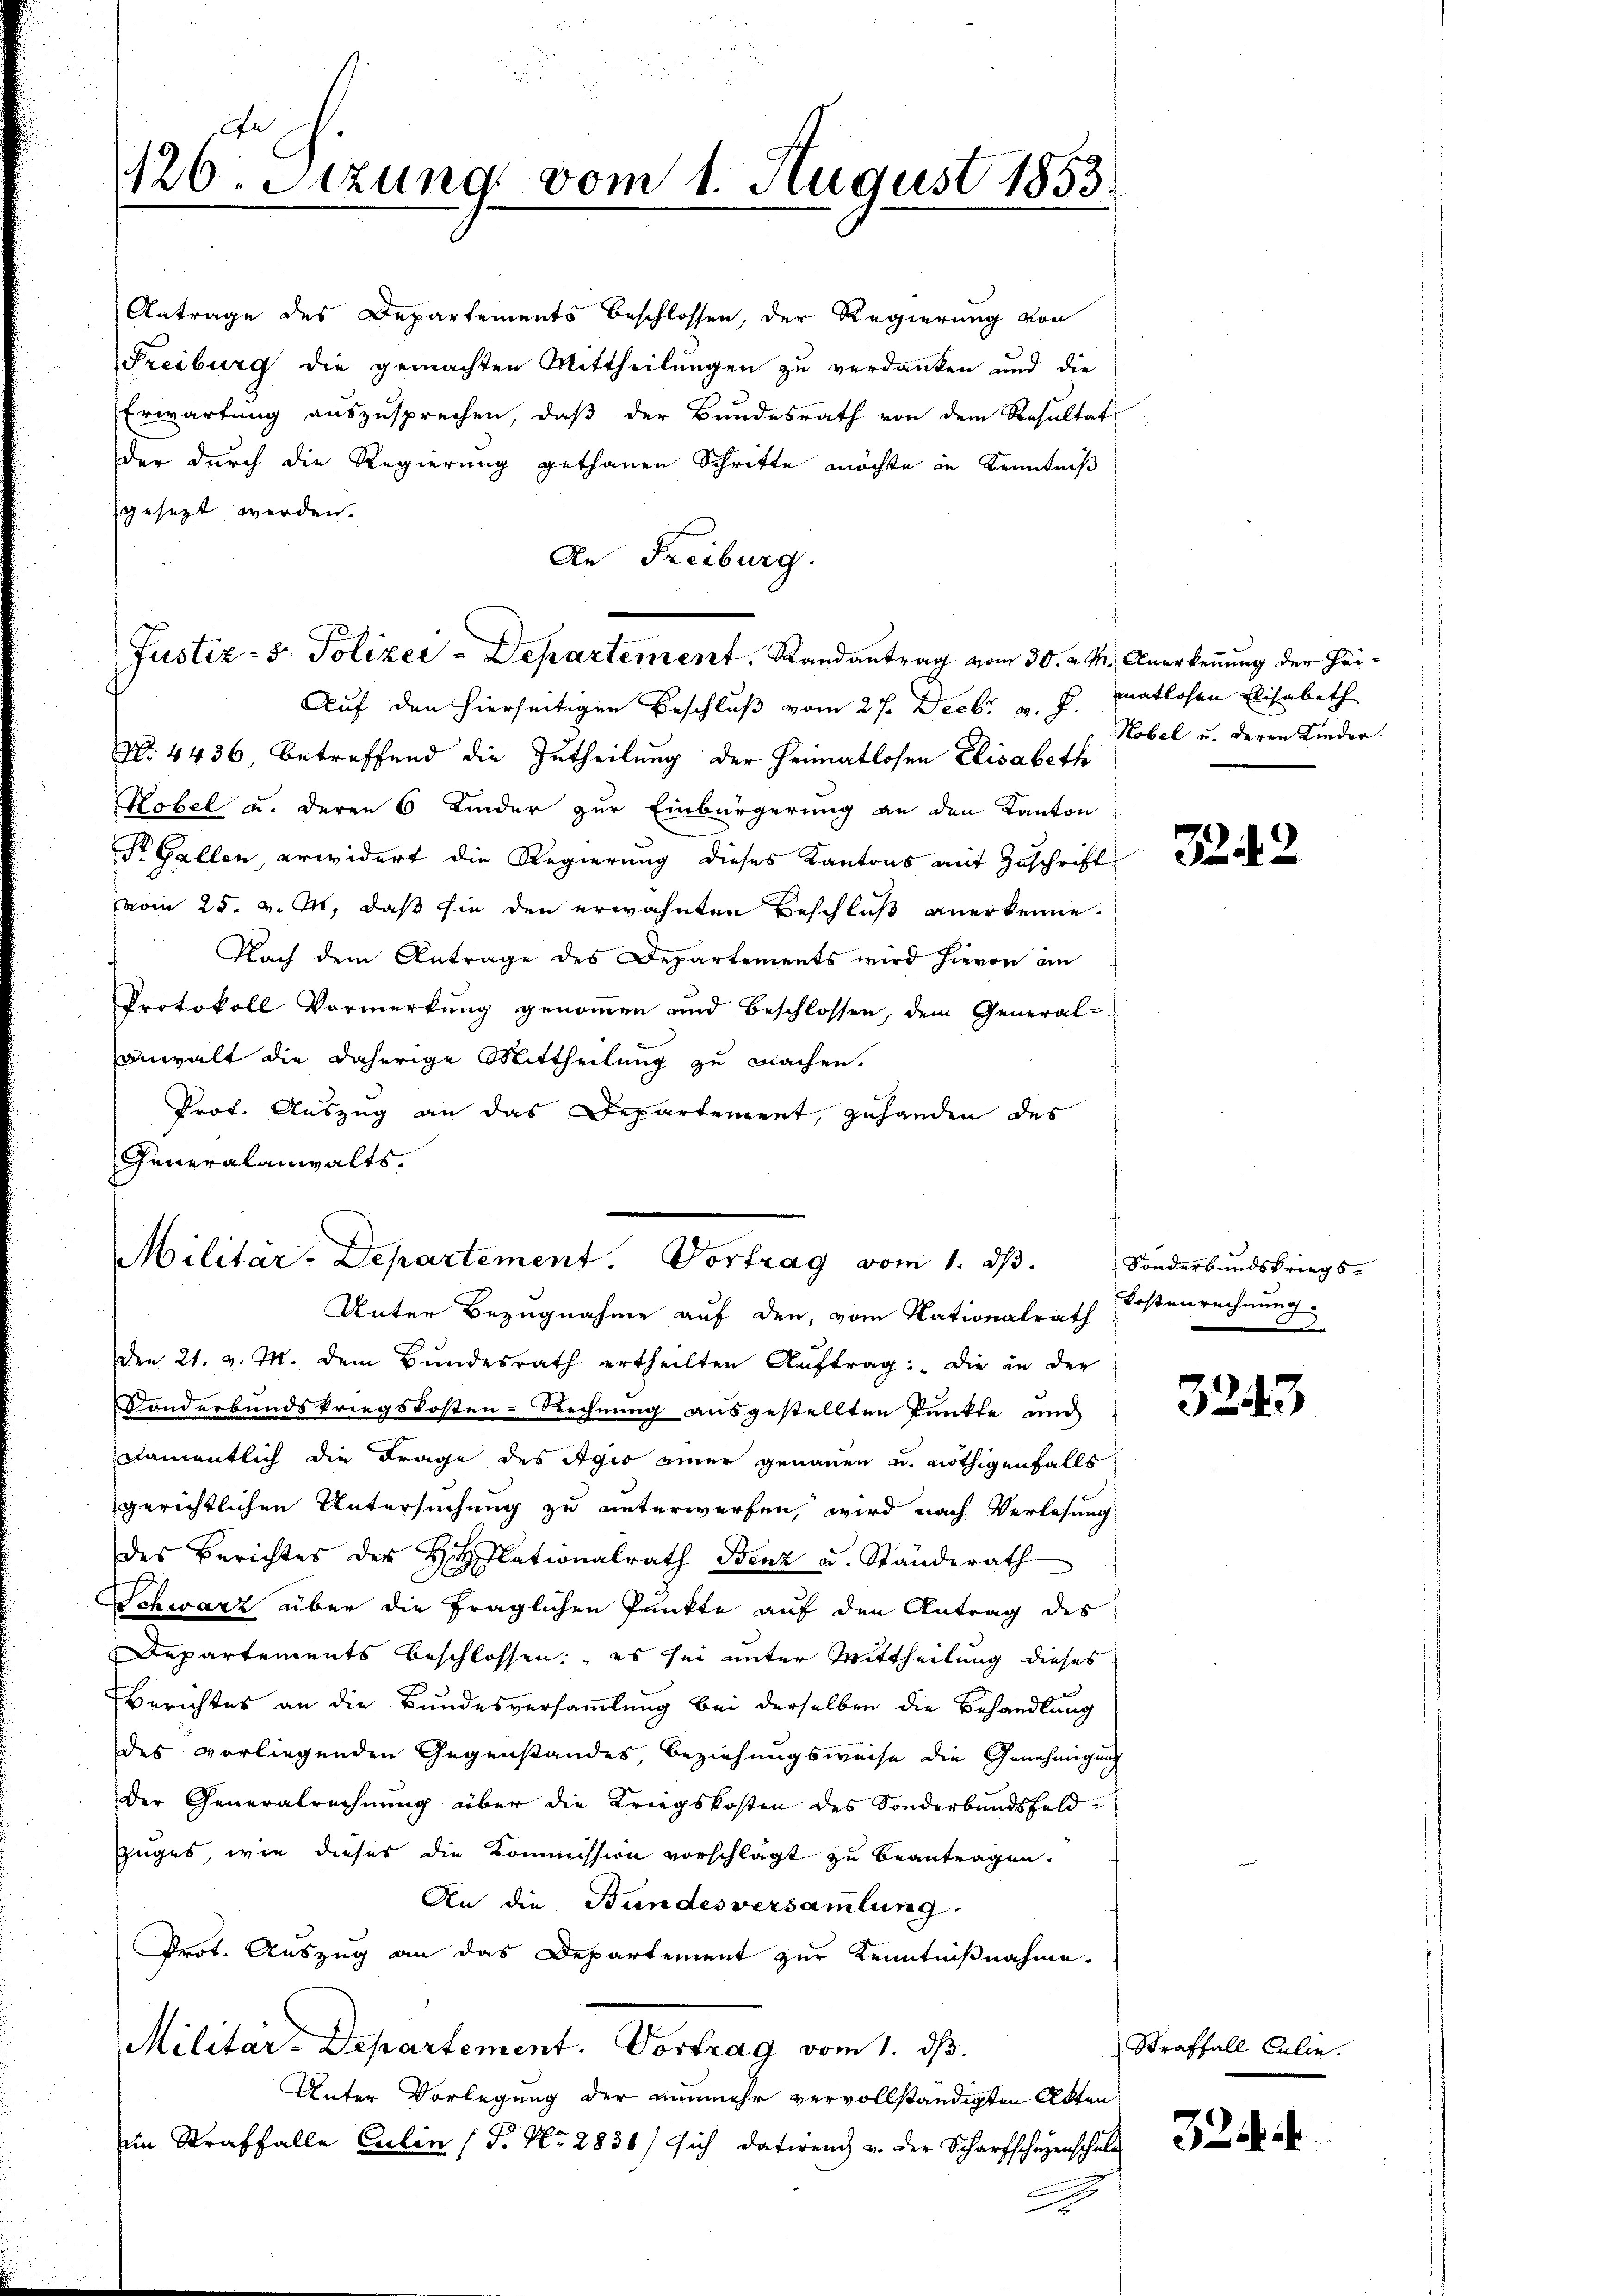
Antrage des Departements beschlossen, der Regierung von
Freiburg die gemachten Mittheilungen zu verdanken und die
Erwartung auszusprechen, daß der Bundesrath von dem Resultat
der durch die Regierung gethanen Schritte möchte in Kenntniß
gesezt werden.
Auf den hierseitigen Beschluß vom 27. Decbr. v. J. matlosen Elisabeth
No. 4436, betreffend die Zutheilung der Heimatlosen Elisabeth
Hobel u. deren 6 Kinder zur Einbürgerung an den Kanton
S Gallen, erwidert die Regierung dieses Kantons mit Zuschrift
vom 25. v. M., daß sie den erwähnten Beschluß anerkenne.
Flach dem Antrage des Departements wird hievon an
Protokoll Vormerkung genommen und beschlossen, dem General-
anwalt die daherige Mittheilung zu machen.
Prot. Auszug an das Departement, zuhanden des
Generalanwalts.
Militar-Departement. Vortrag vom 1. ds.
Unter Bezugnahme auf den, vom Nationalrath
Den 21. v. M. dem Bŭndesrath ertheilten Aŭftrag: „Die in der
Vonderbandskriegskosten-Rechnung ausgestellten Punkte und
namentlich die Frage des Agio einer genauen u. nöthigenfalls
gerichtlichen Untersuchung zu unterwerfen, wird nach Verlesung
des Berichtes der Hilationalrath Benz u. Standerath
Schwarz über die fraglichen Punkte auf den Antrag des
Departements beschlossen: es sei unter Mittheilung dieses
Berichtes an die Bundesversammlung bei derselben die Behandlung
des vorliegenden Gegenstandes, Beziehungsweise die Genehmigung
Der Generalrechnung über die Kriegskosten des Sonderbundsfeld¬
Zuges, wie dieses die Kommission vorschlägt zu beantragen.
An die Bundesversammlung.
Prot. Auszug an das Departement zur Kenntnißnahme.
Militär-Departement. Vortrag vom 1. ds.
Unter Vorlegung der nunmehr vervollständigten Akten
Ain Straffalle Culin (T. No. 2836/ sich datirend u. der Scharfschehenschule

126. Sitzung vom 1. August 1853

An Freiburg.
Justiz- & Polizei-Departement. Randantrag vom 30. v. M. Anerkennung der Hei¬

Kobel u. deren Kinder.

2242

Sonderbundskriegs-
Kostenrechnung.

324.

.

Straffall Culie.